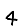
Digit: 4